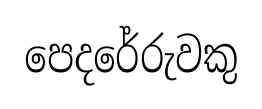
පෙදරේරුවකු